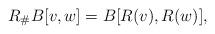
LaTeX: \begin{align*} R_\# B[v, w] = B[R(v), R (w)],\end{align*}